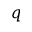
q